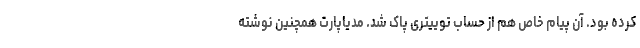
کرده بود. آن پیام خاص هم از حساب توییتری پاک شد. مدیاپارت همچنین نوشته